Vaccination North-Western Provinces 1866-1877 - 1866-1877
Year: 1866
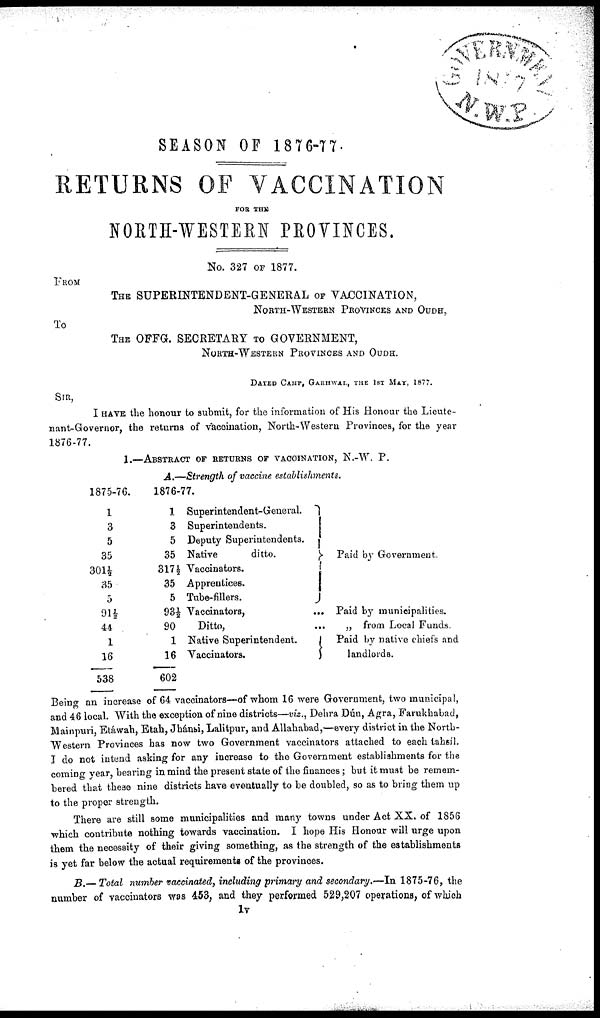
SEASON OF 1876-77.
RETURNS OF VACCINATION
FOR THE
NORTH-WESTERN PEOVINCES.
No. 327 OF 1877.
FROM
THE SUPERINTENDENT-GENERAL OF VACCINATION,
NORTH-WESTERN PROVINCES AND OUDH,
To
THE OFFG. SECRETARY TO GOVERNMENT,
NORTH-WESTERN PROVINCES AND OUDH.
DATED CAMP, GARHWAL, THE 1ST MAY, 1877.
SIR,
I HAVE the honour to submit, for the information of His Honour the Lieute-
nant-Governor, the returns of vaccination, North-Western Provinces, for the year
1876-77.
1.—ABSTRACT OF RETURNS OF VACCINATION, N.-W. P.
1875-76.
1
3
5
35
301½
35
5
91½
44
1
16
538
A.—Strength of vaccine establishments.
1876-77.
1 Superintendent-General.
3 Superintendents.
5 Deputy Superintendents.
35 Native
ditto.
317 ½ Vaccinators.
35 Apprentices.
5 Tube-fillers.
93½ Vaccinators,
90
Ditto, ...
1 Native Superintendent.
16 Vaccinators.
602
Paid by Government.
Paid by municipalities.
„ from Local Funds.
Paid by native chiefs and
landlords.
Being an increase of 64 vaccinators—of whom 16 were Government, two municipal,
and 46 local. With the exception of nine districts—viz., Dehra Dún, Agra, Farukhabad,
Mainpuri, Etáwah, Etah, Jhánsi, Lalitpur, and Allahabad,—every district in the North-
western. Provinces has now two Government vaccinators attached to each tahsíl.
I do not intend asking for any increase to the Government establishments for the
coming year, bearing in mind the present state of the finances ; but it must be remem-
bered that these nine districts have eventually to be doubled, so as to bring them up
to the proper strength.
There are still some municipalities and many towns under Act XX. of 1856
which contribute nothing towards vaccination. I hope His Honour will urge upon
them the necessity of their giving something, as the strength of the establishments
is yet far below the actual requirements of the provinces.
B.—Total number vaccinated, including primary and secondary.—In 1875-76, the
number of vaccinators was 453, and they performed 529,207 operations, of which
1V